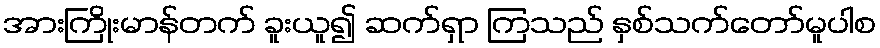
အားကြိုးမာန်တက် ခူးယူ၍ ဆက်ရှာ ကြသည် နှစ်သက်တော်မူပါစ